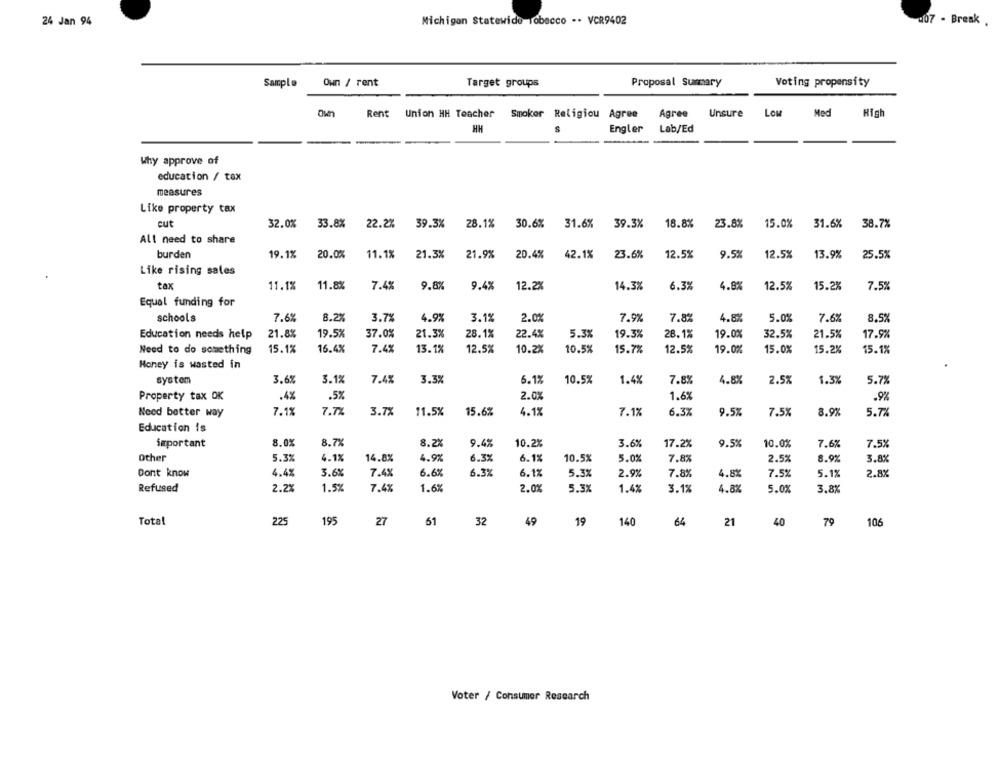
24 Jan 94
Michigan Statewide Tobacco -- VCR9402
07 - Break
Sample
Own / rent
Target groups
Proposal Summary
Voting propensity
Rent Union HH Teacher
Smoker Religiou Agree
Agree
Unsure
LOM
Med
High
HH
Engler
Lab/Ed
Why approve of
education / tax
measures
Like property tax
cut
32.0%
33.8%
22.2%
39.3%
28.1%
30.6%
31.6%
39.3%
18.8%
23.8%
15.0%
31.6%
38.7%
All need to share
burden
19.1%
20.0%
11.1%
21.3%
21.9%
20.4%
42.1%
23.6%
12.5%
9.5%
12.5%
13.9%
25.5%
Like rising sales
tax
11.1%
11.8%
7.4%
9.87
9.4%
12.2%
14.3%
6.3%
4.8%
12.5%
15.2%
7.52
Equal funding for
schools
7.6%
8.2%
3.7%
4.9%
3.1%
2.0%
7.9%
7.8%
4.8%
5.0%
7.6%
8.5%
Education needs help
21.8%
19.5%
37.0%
21.3%
28.1%
22.4%
5.3%
19.3%
28.1%
19.0%
32.5%
21.5%
17.9%
Need to do something
15.1%
16.4%
7.4%
13.1%
12.5%
10.2%
10.5%
15.7%
12.5%
19.0%
15.0%
15.2%
15.1%
Money is wasted in
system
3.6%
3.1%
7.4%
3.3%
6.1%
10.5%
1.4%
7.8%
4.8%
2.5%
1.3%
5.7%
Property tax OK
.4%
.5%
2.0%
1.6%
.9%
Need better way
7.1%
7.7%
3.7%
11.5%
15.6%
4.1%
7.1%
6.3%
9.5%
7.5%
8.9%
5.7%
Education is
important
8.0%
8.7%
8.2%
9.4%
10.2%
3.6%
17.2%
9.5%
10.0%
7.6%
7.5%
Other
5.3%
4.1%
14.8%
4.9%
6.3%
6.1%
10.5%
5.0%
7.8%
2.5%
8.9%
3.8%
Dont know
4.4%
3.6%
7.4%
6.6%
6.3%
6.1%
5.3%
2.9%
7.8%
4.8X
7.5%
5.1%
2.8%
Refused
2.2%
1.5%
7.4%
1.6%
2.0%
5.3%
1.4%
3.1%
4.8%
5.0%
3.8%
Total
225
195
27
61
32
49
19
140
64
21
40
79
106
Voter / Consumer Research